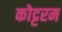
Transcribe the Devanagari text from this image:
कोट्टरम